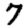
Digit: 7